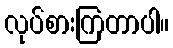
လုပ်စားကြတာပါ။